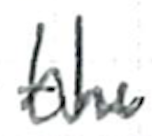
Text: the
Cross-out: wave
Writing tool: ballpoint